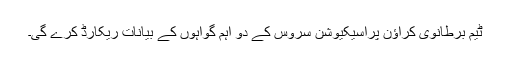
ٹیم برطانوی کراؤن پراسیکیوشن سروس کے دو اہم گواہوں کے بیانات ریکارڈ کرے گی۔